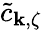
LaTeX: \tilde{c}_{{\mathbf k},\zeta}